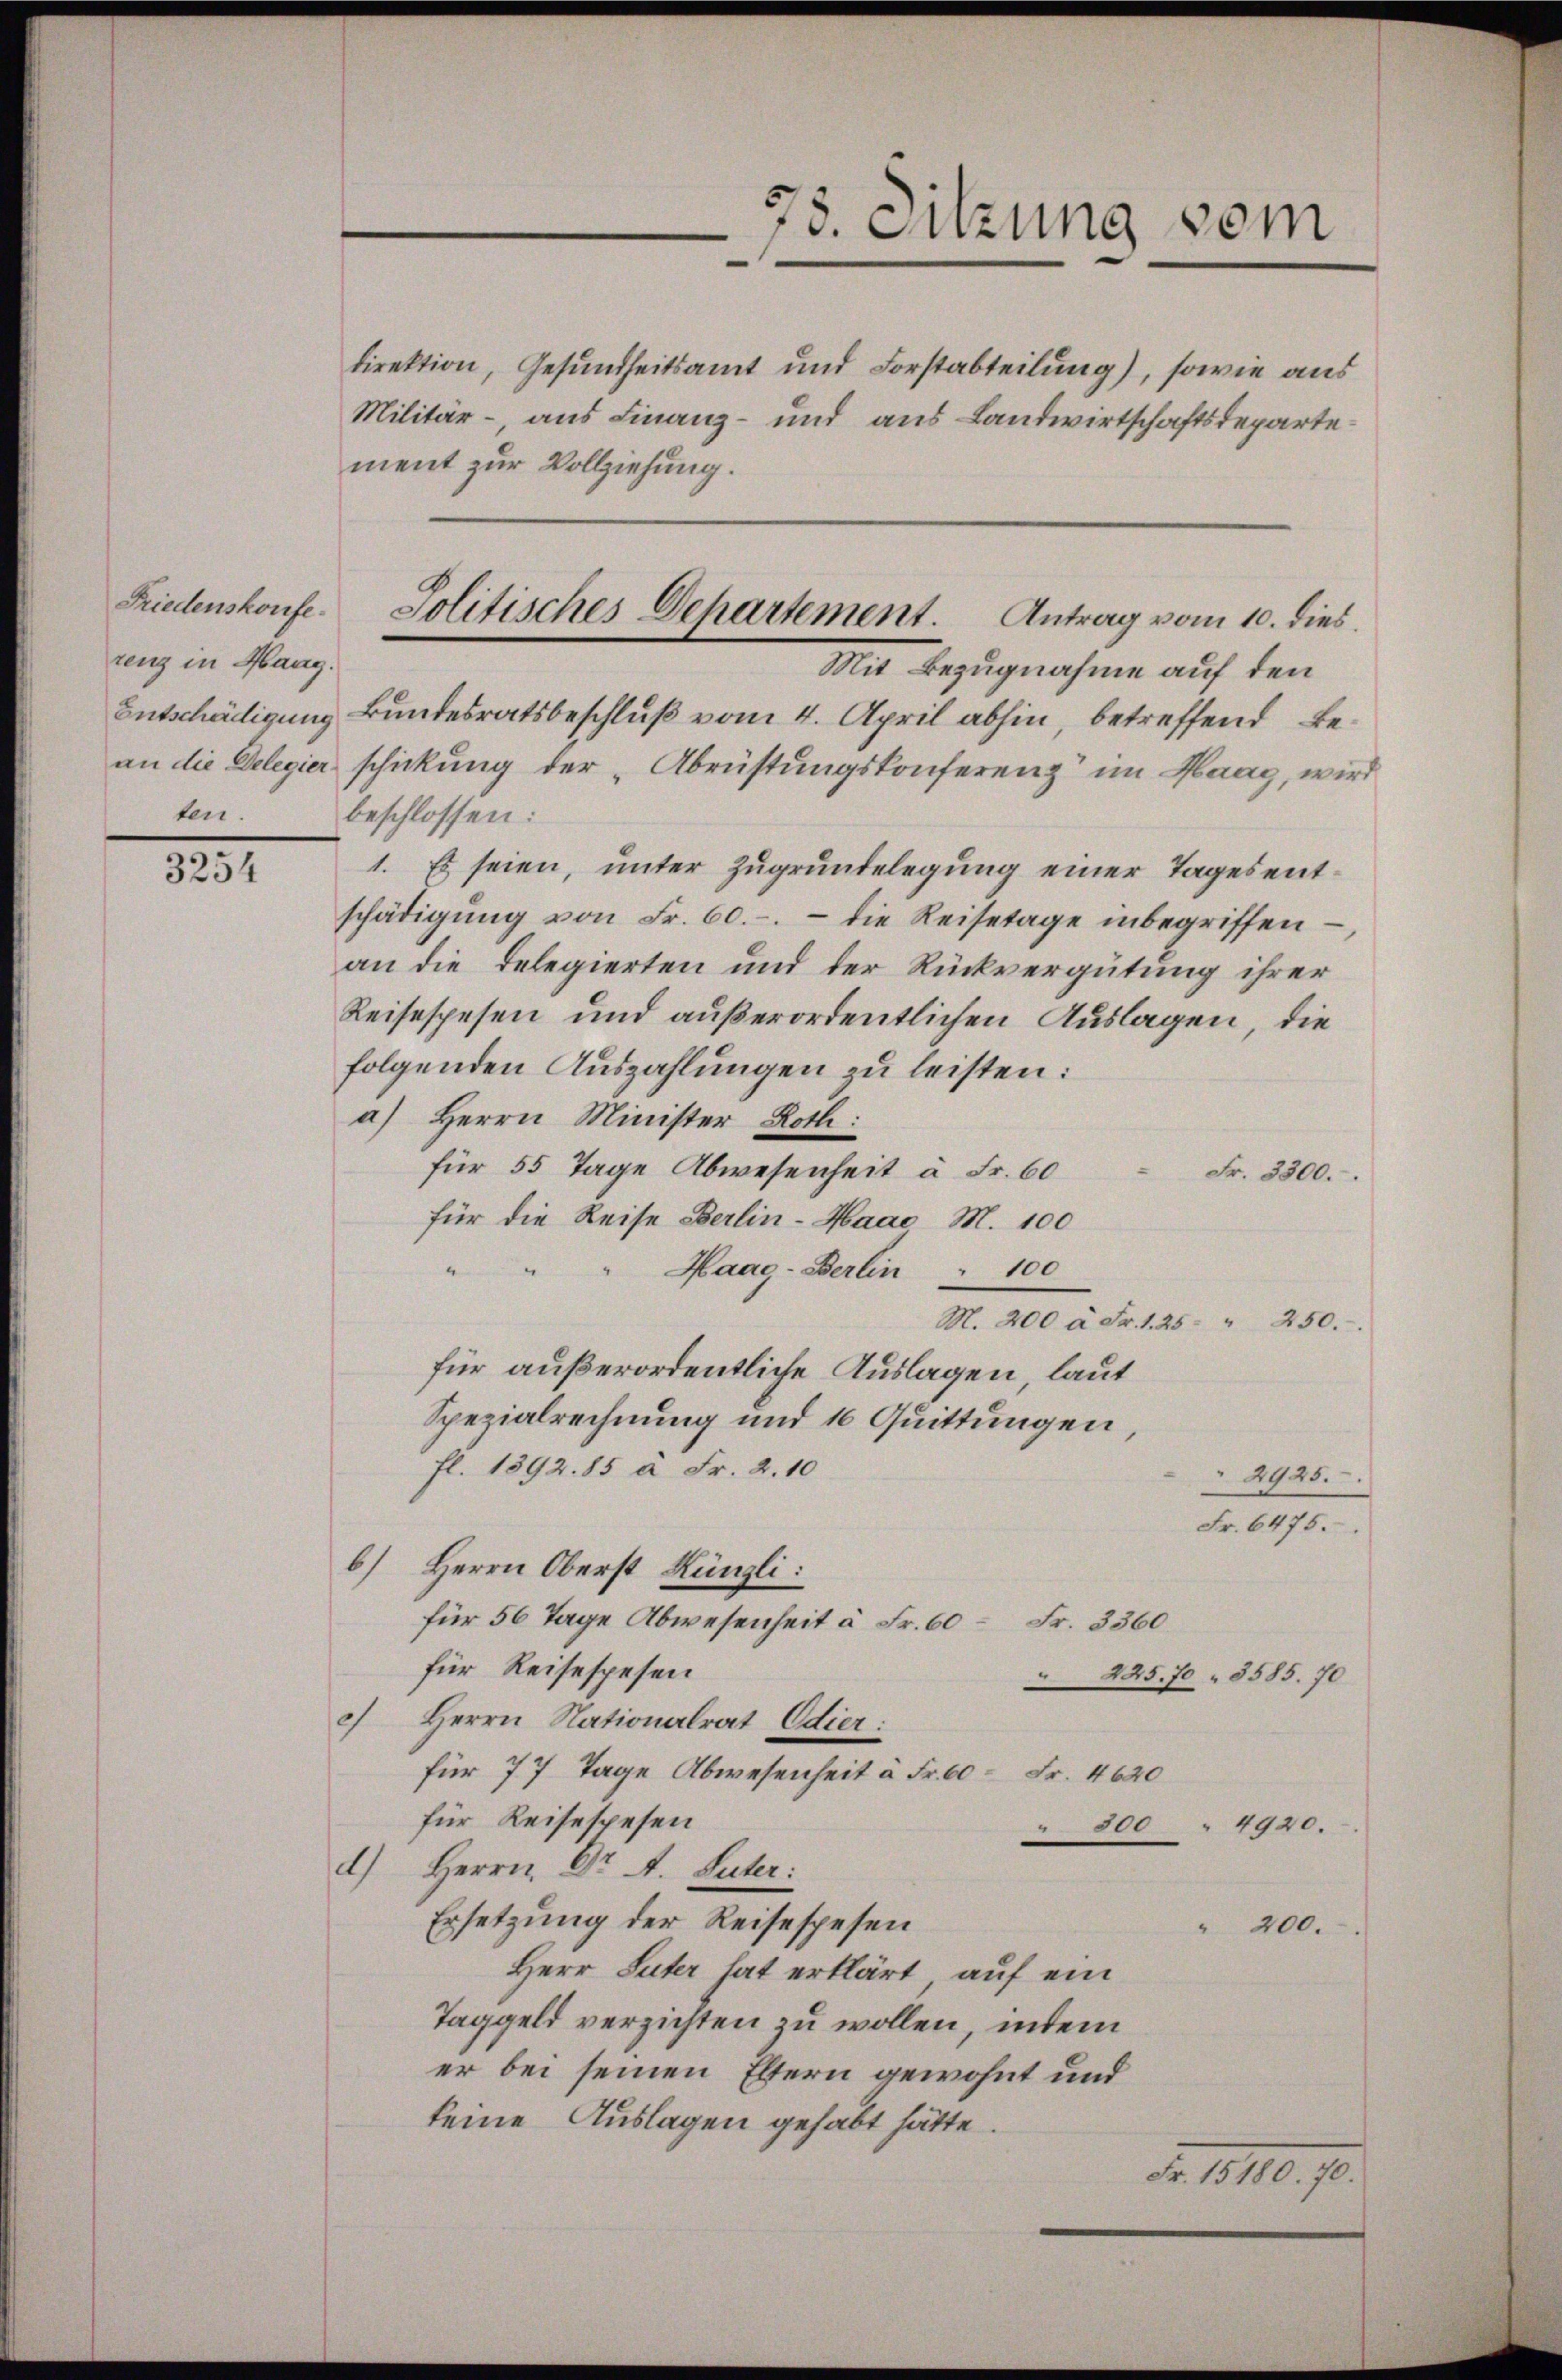
renz in Haag.
ten.

1291

direktion, Gesundheitsamt und Forstabteilung), sowie aus
Militär-, aus Finanz- und aus Landwirtschaftsdepartement zur Vollziehung.
Entschädigung Bundesratsbeschluß vom 4. April abhin, betreffend Bean die Delegier schickung der „Abrüstungskonferenz im Haag, wird
beschlossen:
1. Es seien, unter Zugrundelegung einer Tages entschädigŭng von Fr. 60.-. - die Reisetage inbegriffen –
an die Delegierten und der Rückvergütung ihrer
Reisespesen und außerordentlichen Auslagen, die
folgenden Auszahlungen zu leisten:
a) Herrn Minister Roth:
für 55 Tage Abwesenheit à Fr. 60
Fr. 3300.
für die Reise Berlin-Haac M. 100
“
Haag - Berlin " 100
M. 200 à Fr. 1. 25 " 250.
für außerordentliche Auslagen, laut
Spezialrechnung und 16 Quittungen,
fl. 1392. 85 à Fr. 2. 10
2925.
Fr. 6475.
b) Herrn Oberst Künzli:
für 56 Tage Abwesenheit à Fr. 60 Fr. 3360.
für Reisespesen
 225. 70 " 8585. 70
c) Herrn Nationalrat Odier:
für 77 Tage Abwesenheit à Fr. 60 Fr. 4620
für Reisespesen
4920.
800
1) Herrn Dr A. Suter:
Ersetzung der Reisespesen
" 200.
Herr Suter hat erklärt, auf ein
Taggeld verzichten zu wollen, indem
er bei seinen Eltern gewohnt und
keine Auslagen gehabt hätte.
Fr. 18100. fl.

78. Sitzung vom

Friedenskonfe- Politisches Departement. Antrag vom 10. dies
Mit Bezugnahme auf den